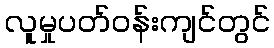
လူမှုပတ်ဝန်းကျင်တွင်